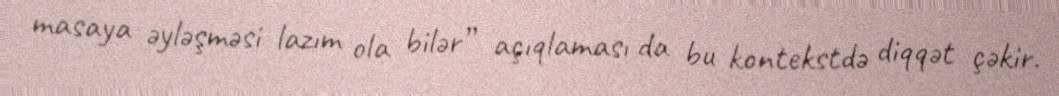
masaya əyləşməsi lazım ola bilər” açıqlaması da bu kontekstdə diqqət çəkir.